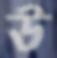
উ